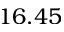
1 6 . 4 5